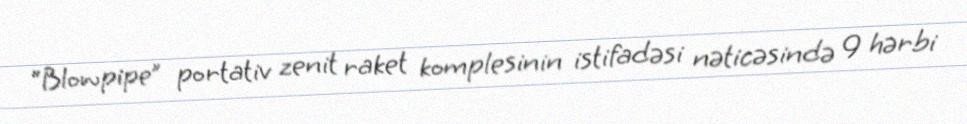
“Blowpipe” portativ zenit raket komplesinin istifadəsi nəticəsində 9 hərbi